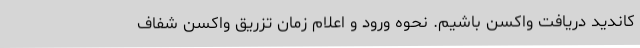
کاندید دریافت واکسن باشیم. نحوه ورود و اعلام زمان تزریق واکسن شفاف